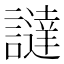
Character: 𧬻